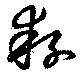
秄